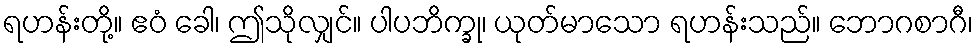
ရဟန်းတို့။ ဧဝံ ခေါ၊ ဤသိုလျှင်။ ပါပဘိက္ခု၊ ယုတ်မာသော ရဟန်းသည်။ ဘောဂစာဂီ၊